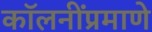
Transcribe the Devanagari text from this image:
कॉलनींप्रमाणे